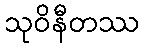
သုဝိနီတဿ